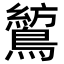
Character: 鶭